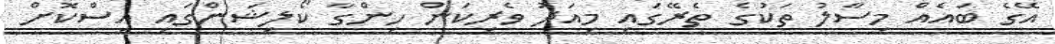
އޭގެ ބައެއް މިސާލު ތަކުގެ ތެރޭގައި މިއަދު ވެރިކަން ހިންގާ ކޯލިޝަންގައި އިސްކޮށް